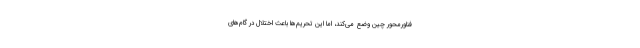
فناورمحور چین وضع می‌کند، اما این تحریم‌ها باعث اختلال در گام‌های